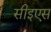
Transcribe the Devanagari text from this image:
सीइएस